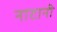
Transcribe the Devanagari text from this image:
नाटानी